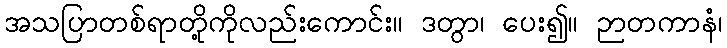
အသပြာတစ်ရာတို့ကိုလည်းကောင်း။ ဒတွာ၊ ပေး၍။ ဉာတကာနံ၊